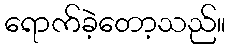
ရောက်ခဲ့တော့သည်။